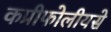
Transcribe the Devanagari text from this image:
कप्रीफोलीयसे